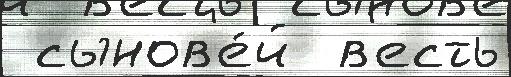
 сынов'е́й  в'есть